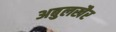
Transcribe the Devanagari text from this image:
अबुलखैर